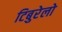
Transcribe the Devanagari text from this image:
टिबुरेलो